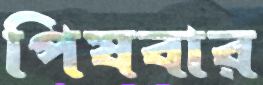
পিষবার